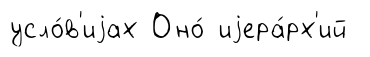
усло́в'иjах Оно́ иjера́рх'ий